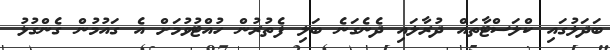
ބަދަލުގައި ކްލަސްޓާތައް ދުރާލައި ދެނެގަނެ ބަލި ފެތުރުން ހުއްޓުވުމަށް އެ ގައުމުން ގެންގުޅު